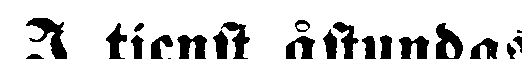
I tjenst åstundas.